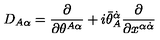
D _ { A \alpha } = { \frac { \partial } { \partial \theta ^ { A \alpha } } } + i \bar { \theta } _ { A } ^ { \dot { \alpha } } { \frac { \partial } { \partial x ^ { \alpha \dot { \alpha } } } }